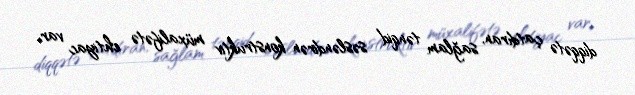
diqqətə çatdıran, sağlam tənqid səsləndirən konstruktiv müxalifətə ehtiyac var.